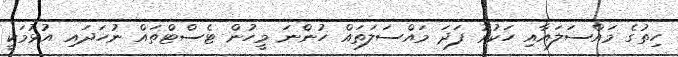
ހިތުގެ މައްސަލައާއި ހަކުރު ފަދަ މައްސަލަތައް ހުންނަ މީހުން ޓެސްޓްތައް ނުހަދައި އުޅުމަކީ